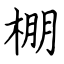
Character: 棚